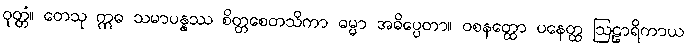
ဝုတ္တံ။ တေသု ဣဓ သမာပန္နဿ စိတ္တစေတသိကာ ဓမ္မာ အဓိပ္ပေတာ။ ဝစနတ္ထော ပနေတ္ထ ဩဠာရိကာယ